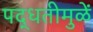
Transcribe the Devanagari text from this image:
पद्धतीमुळें